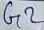
Text: G2